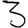
Digit: 3